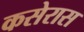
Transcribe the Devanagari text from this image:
कसेरास